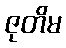
ဇုတိမ